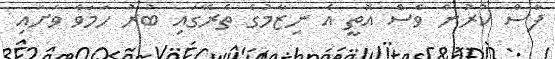
ފާސް ކުރުން ވެސް އޮތީ އެ ނިޒާމުގެ ތެރޭގައި ބުރު ހަމަވެ ވަށައި